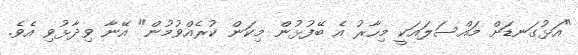
"އަޅުގަނޑަށް މައްސަލައަކީ މިހާރު އެ ބޭފުޅުން މިކަން ކުރެއްވުމުން" އޭނާ ވިދާޅުވި އެވެ.